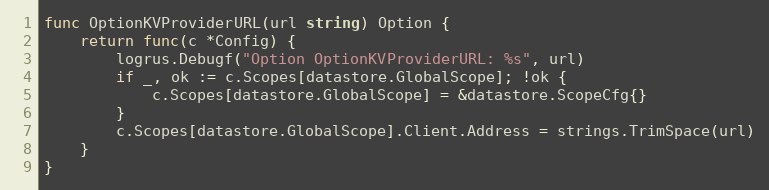
Language: Go
func OptionKVProviderURL(url string) Option {
	return func(c *Config) {
		logrus.Debugf("Option OptionKVProviderURL: %s", url)
		if _, ok := c.Scopes[datastore.GlobalScope]; !ok {
			c.Scopes[datastore.GlobalScope] = &datastore.ScopeCfg{}
		}
		c.Scopes[datastore.GlobalScope].Client.Address = strings.TrimSpace(url)
	}
}